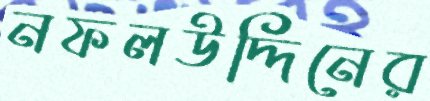
নফলউদ্দিনের